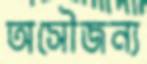
অসৌজন্য